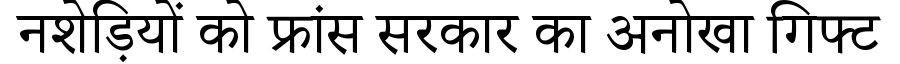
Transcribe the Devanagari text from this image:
नशेड़ियों को फ्रांस सरकार का अनोखा गिफ्ट